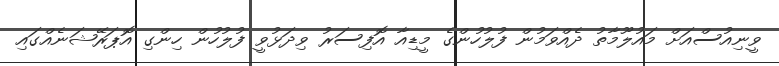
ވީނިއުސްއަށް މައުލޫމާތު ދެއްވަމުން ފުލުހުންގެ މީޑިއާ އޮފިސަރު ވިދަޅުވީ ފުލުހުން ހިންގި އޮޕަރޭޝަނެއްގައި